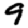
Digit: 9